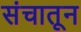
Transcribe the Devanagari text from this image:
संचातून